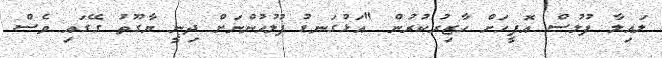
ލައިލާ ފުލުސް އޮފީހަށް ހާޒިރުކުރުން "އަޅުގަނޑު ފުލުހުންނަށް ދިނީ ޔާގޫތު ގޭގައި ވެސް